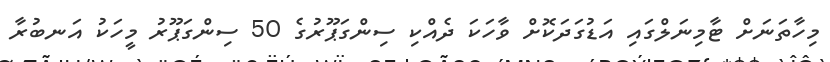
މިހާތަނަށް ޓާމިނަލްގައި އަޑުގަދަކޮށް ވާހަކަ ދެއްކި ސިންގަޕޫރުގެ 50 ސިންގަޕޫރު މީހަކު އަނބުރާ